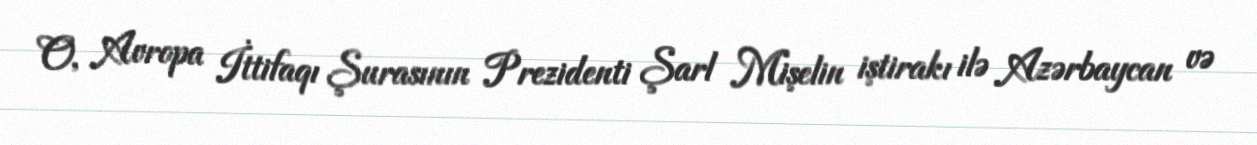
O, Avropa İttifaqı Şurasının Prezidenti Şarl Mişelin iştirakı ilə Azərbaycan və